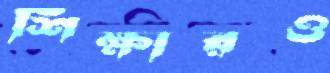
শিক্ষারও